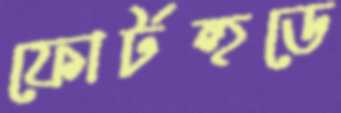
ফোর্টহুডে